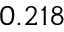
0 . 2 1 8